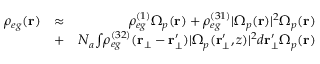
\begin{array} { r l r } { \rho _ { e g } ( \mathbf { r } ) } & { \approx } & { \rho _ { e g } ^ { ( 1 ) } \Omega _ { p } ( \mathbf { r } ) + \rho _ { e g } ^ { ( 3 1 ) } | \Omega _ { p } ( \mathbf { r } ) | ^ { 2 } \Omega _ { p } ( \mathbf { r } ) } \\ & { + } & { N _ { a } { \int } \rho _ { e g } ^ { ( 3 2 ) } ( \mathbf { r } _ { \bot } - \mathbf { r _ { \bot } ^ { \prime } } ) | \Omega _ { p } ( \mathbf { r _ { \bot } ^ { \prime } } , z ) | ^ { 2 } d \mathbf { r } _ { \bot } ^ { \prime } \Omega _ { p } ( \mathbf { r } ) } \end{array}